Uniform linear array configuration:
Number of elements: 4
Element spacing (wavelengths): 0.25
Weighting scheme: kaiser
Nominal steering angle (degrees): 15
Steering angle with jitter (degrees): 13.518
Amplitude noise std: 0.05
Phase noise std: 0.05

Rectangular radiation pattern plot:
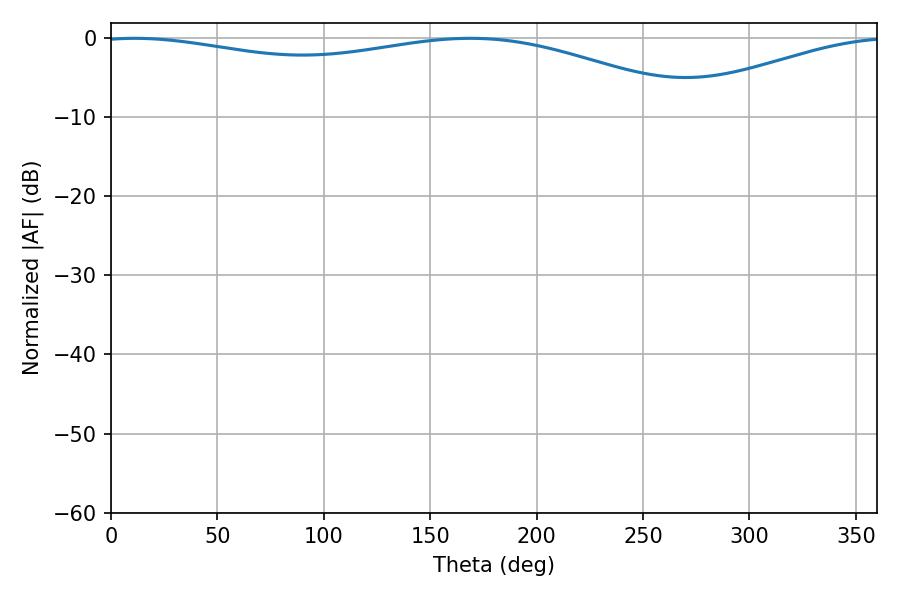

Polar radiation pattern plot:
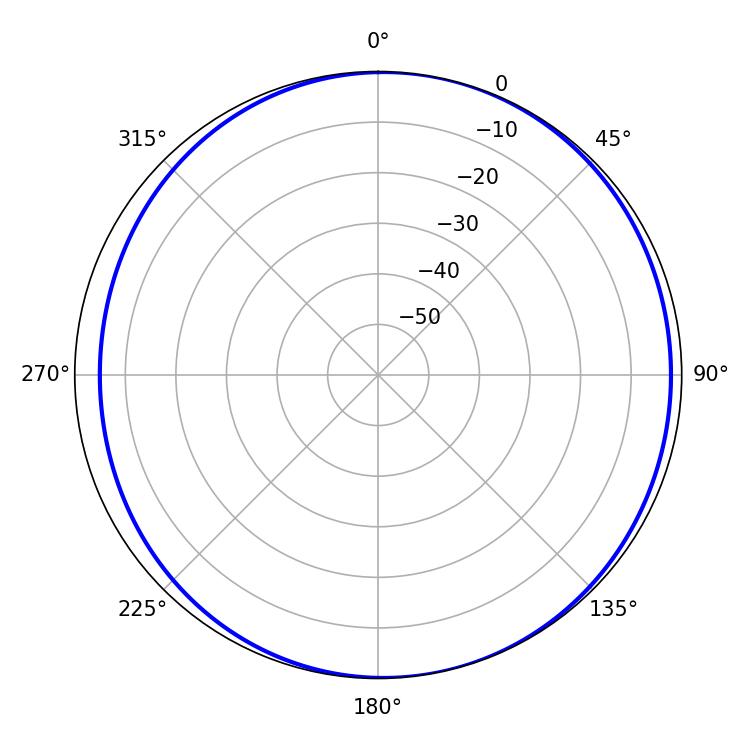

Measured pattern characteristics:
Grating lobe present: FALSE
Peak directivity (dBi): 5.643
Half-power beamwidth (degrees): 229.5
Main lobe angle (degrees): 11.16